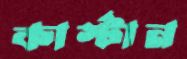
কার্স্টান